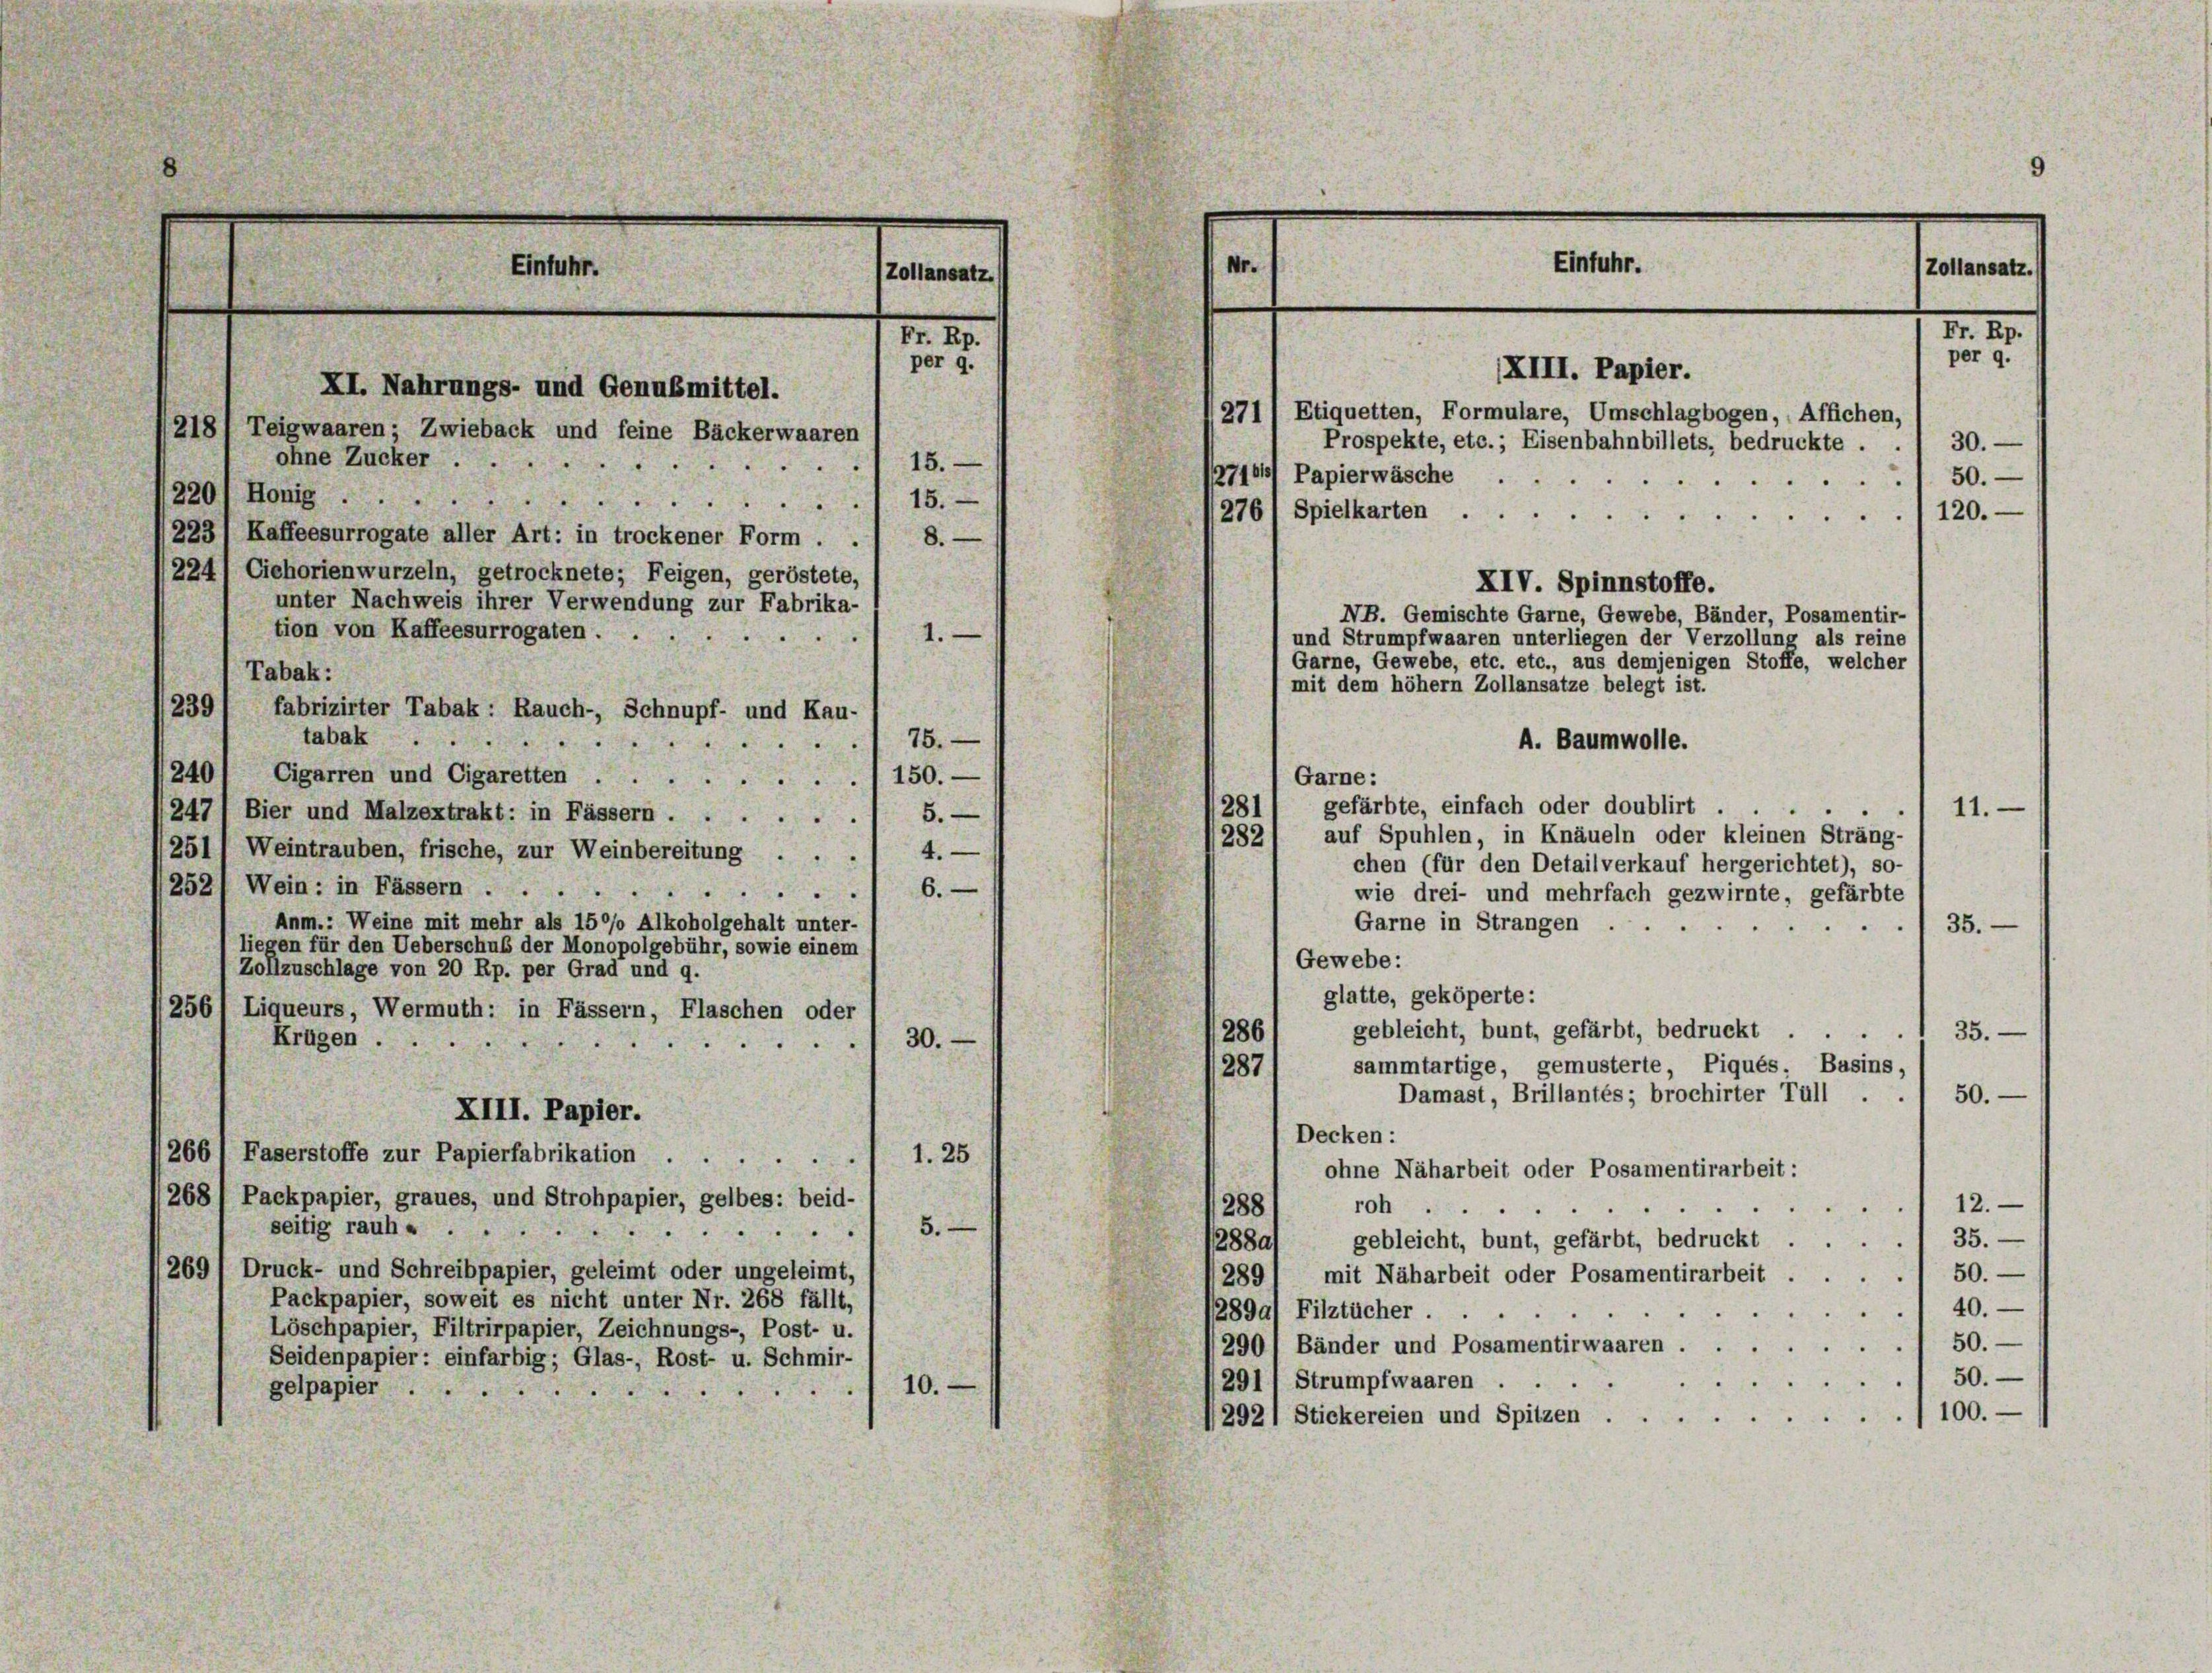
9
Nr.
Einfuhr.
Einfuhr.
Zollansatz.
Zollansatz.
M. 29.
N. 27.
per 9.
per 9.
XIII. Papier.
XI. Nahrungs- und Genubmittel.
271) Etiquetten, Formulare, Umschlagbogen, Affichen,
218, Teigwaaren; Zwieback und feine Bäckerwaaren
Prospekte, etc.; Eisenbahnbillets, bedruckte .
30.
ohne Zucker.
15.

2716/ Papierwäsche
50.
“
"
220/ Honig .
15.

2761 Spielkarten
120.
e
e
(223/ Kaffeesurrogate aller Art: in trockener Form . .
8.

224/ Ciehorienwurzeln, getrocknete; Feigen, geröstete,
XIV. Spinnstoffe.
unter Nachweis ihrer Verwendung zur Fabrika-
NB. Gemischte Garne, Gewebe, Bänder, Posamentir-
tion von Kaffeesurrogaten.
und Strumpfwaaren unterliegen der Verzollung als reine
Garne, Gewebe, etc. etc., aus demjenigen Stoffe, welcher
Tabak:
mit dem höhem Zollansätze belegt ist.
239
fabrizirter Tabak: Rauch-, Schnupf- und Kau-
tabak
A. Baumwolle.
 75.
2401 Cigarren und Cigaretten ...
Garne:
1150.
281) gefärbte, einfach oder doublirt.
11.
247) Bier und Malzextrakt: in Fässern . .
5.
282) auf Spuhlen, in Knäueln oder kleinen Strang-
251) Weintrauben, frische, zur Weinbereitung ... 4.
chen (für den Detailverkauf hergerichtet), so-
252) Wein: in Fässern .
 6.
0
wie drei- und mehrfach gezwirnte, gefärbte
Anm.: Weine mit mehr als 15°/o Alkoholgehalt unter-
Garne in Strangen
35.
liegen für den Ueberschub der Monopolgebühr, sowie einem
Gewebe:
Zollzuschlage von 20 Rp. per Grad und 9.
glatte, geköperte:
2561 Liqueurs, Wermuth: in Fässern, Flaschen oder
gebleicht, bunt, gefärbt, bedruckt ..... 35. —
286
Krügen.
30.
u
sammtartige, gemusterte, Piqués, Busins,
287
Damast, Brillantés; brochirter Tull .
50.
XIII. Papier.
Decken:
266 1 Faserstoffe zur Papierfabrikation . .
1.25
ohne Näharbeit oder Posamentirarbeit:
268 / Packpapier, graues, und Strohpapier, gelbes: beid-
12.
.
.
roh
288
seitig rauh «
5.
gebleicht, bunt, gefärbt, bedruckt ..... 35.
288as
269/ Druck- und Schreibpapier, geleimt oder ungeleimt,
289) mit Näbarbeit oder Posamentirarbeit . . . . 1 50. —
Packpapier, soweit es nicht unter Nr. 268 fällt,
40.
289a) Filztücher.
Löschpapier, Filtrirpapier, Zeichnungs-, Post- u.
50.
2901 Bänder und Posamentirwaaren
Seidenpapier: einfarbig; Glas-, Rost- u. Schmir-
50.
291) Strumpfwaaren.
10.
gelpapier
1100.
1292 1 Stickereien und Spitzen.